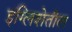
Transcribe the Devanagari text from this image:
इंग्लिशेतील